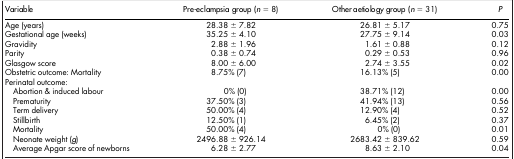
<table><thead><tr><td><b>Variable</b></td><td><b>Pre-eclampsia group (<i>n</i> = 8)</b></td><td><b>Other aetiology group (<i>n</i> = 31)</b></td><td><b><i>P</i></b></td></tr></thead><tbody><tr><td>Age (years)</td><td>28.38 ± 7.82</td><td>26.81 ± 5.17</td><td>0.75</td></tr><tr><td>Gestational age (weeks)</td><td>35.25 ± 4.10</td><td>27.75 ± 9.14</td><td>0.03</td></tr><tr><td>Gravidity</td><td>2.88 ± 1.96</td><td>1.61 ± 0.88</td><td>0.12</td></tr><tr><td>Parity</td><td>0.38 ± 0.74</td><td>0.29 ± 0.53</td><td>0.96</td></tr><tr><td>Glasgow score</td><td>8.00 ± 6.00</td><td>2.74 ± 3.55</td><td>0.02</td></tr><tr><td>Obstetric outcome: Mortality</td><td>8.75% (7)</td><td>16.13% (5)</td><td>0.00</td></tr><tr><td>Perinatal outcome:</td><td> </td><td> </td><td> </td></tr><tr><td> Abortion &amp; induced labour</td><td>0% (0)</td><td>38.71% (12)</td><td>0.00</td></tr><tr><td> Prematurity</td><td>37.50% (3)</td><td>41.94% (13)</td><td>0.56</td></tr><tr><td> Term delivery</td><td>50.00% (4)</td><td>12.90% (4)</td><td>0.52</td></tr><tr><td> Stillbirth</td><td>12.50% (1)</td><td>6.45% (2)</td><td>0.37</td></tr><tr><td> Mortality</td><td>50.00% (4)</td><td>0% (0)</td><td>0.01</td></tr><tr><td> Neonate weight (<i>g</i>)</td><td>2496.88 ± 926.14</td><td>2683.42 ± 839.62</td><td>0.59</td></tr><tr><td> Average Apgar score of newborns</td><td>6.28 ± 2.77</td><td>8.63 ± 2.10</td><td>0.04</td></tr></tbody></table>